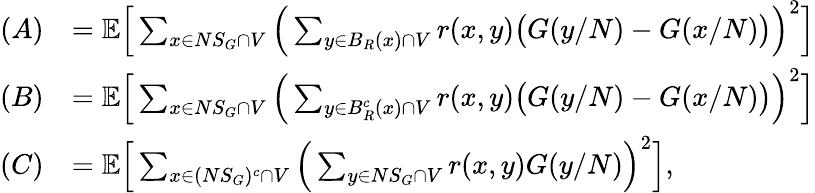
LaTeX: \begin{array}{rl}{(A)}&{=\mathbb E\Big[\sum_{x\in NS_{G}\cap V}\Big(\sum_{y\in B_{R}(x)\cap V}r(x,y)\big(G(y/N)-G(x/N)\big)\Big)^{2}\Big]}\\ {(B)}&{=\mathbb E\Big[\sum_{x\in NS_{G}\cap V}\Big(\sum_{y\in B_{R}^{c}(x)\cap V}r(x,y)\big(G(y/N)-G(x/N)\big)\Big)^{2}\Big]}\\ {(C)}&{=\mathbb E\Big[\sum_{x\in(NS_{G})^{c}\cap V}\Big(\sum_{y\in NS_{G}\cap V}r(x,y)G(y/N)\Big)^{2}\Big],}\end{array}